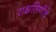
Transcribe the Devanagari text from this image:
राक्षसिणीचे